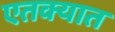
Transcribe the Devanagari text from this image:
एतक्यात